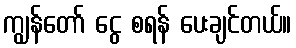
ကျွန်တော် ငွေ စရန် ပေးချင်တယ်။